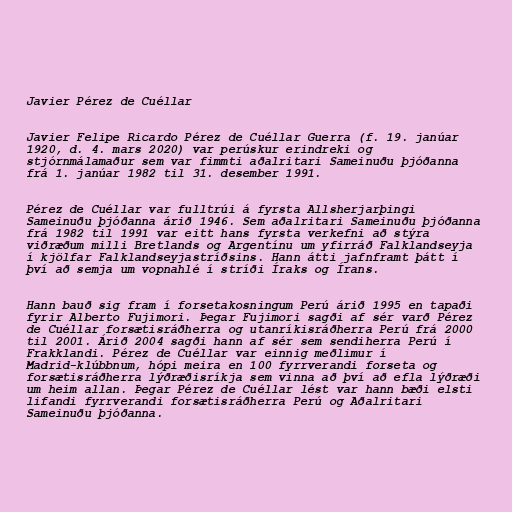
Javier Pérez de Cuéllar

Javier Felipe Ricardo Pérez de Cuéllar Guerra (f. 19. janúar
1920, d. 4. mars 2020) var perúskur erindreki og
stjórnmálamaður sem var fimmti aðalritari Sameinuðu þjóðanna
frá 1. janúar 1982 til 31. desember 1991.

Pérez de Cuéllar var fulltrúi á fyrsta Allsherjarþingi
Sameinuðu þjóðanna árið 1946. Sem aðalritari Sameinuðu þjóðanna
frá 1982 til 1991 var eitt hans fyrsta verkefni að stýra
viðræðum milli Bretlands og Argentínu um yfirráð Falklandseyja
í kjölfar Falklandseyjastríðsins. Hann átti jafnframt þátt í
því að semja um vopnahlé í stríði Íraks og Írans.

Hann bauð sig fram í forsetakosningum Perú árið 1995 en tapaði
fyrir Alberto Fujimori. Þegar Fujimori sagði af sér varð Pérez
de Cuéllar forsætisráðherra og utanríkisráðherra Perú frá 2000
til 2001. Árið 2004 sagði hann af sér sem sendiherra Perú í
Frakklandi. Pérez de Cuéllar var einnig meðlimur í
Madrid-klúbbnum, hópi meira en 100 fyrrverandi forseta og
forsætisráðherra lýðræðisríkja sem vinna að því að efla lýðræði
um heim allan. Þegar Pérez de Cuéllar lést var hann bæði elsti
lifandi fyrrverandi forsætisráðherra Perú og Aðalritari
Sameinuðu þjóðanna.